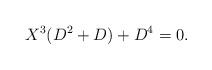
LaTeX: \begin{align*} X^3(D^2 + D) + D^4 = 0.\end{align*}